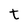
Character: t